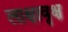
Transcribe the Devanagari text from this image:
लाक्षावृक्ष